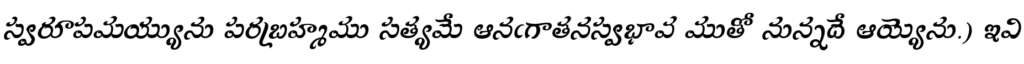
స్వరూపమయ్యును పరబ్రహ్మము సత్యమే ఆనఁగాతనస్వభావ ముతో నున్నదే ఆయ్యెను.) ఇవి